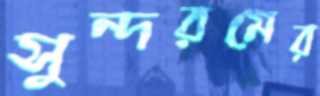
সুন্দরমের